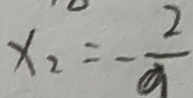
x _ { 2 } = - \frac { 2 } { a }